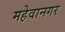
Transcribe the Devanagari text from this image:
महेवानगर